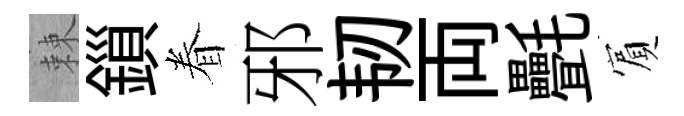
棘鎻眷邪韧両㲲賔